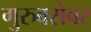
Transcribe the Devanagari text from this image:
गुरुबरोबर